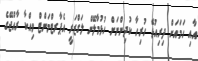
އާއި ހަމައަށް ދިރިއުޅޭ ހުރިހާ ކުދިންނަށް ހުޅުމާލޭން ލަގްޒަރީ އެޕާރޓްމަންޓް ވިއްކާ ރާއްޖޭގެ